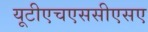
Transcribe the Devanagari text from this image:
यूटीएचएससीएसए